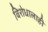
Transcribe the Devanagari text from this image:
विरोधालाही